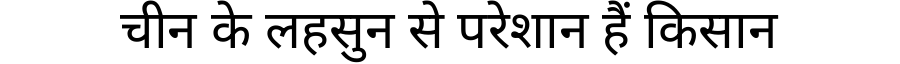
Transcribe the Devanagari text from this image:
चीन के लहसुन से परेशान हैं किसान